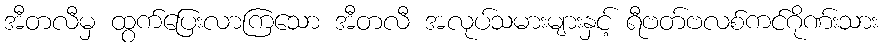
အီတလီမှ ထွက်ပြေးလာကြသော အီတလီ အလုပ်သမားများနှင့် ရီဗတ်ဗလစ်ကင်ဂိုဏ်းသား